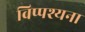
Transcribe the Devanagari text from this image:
विप्पश्यना